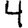
Digit: 4